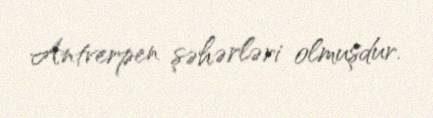
Antverpen şəhərləri olmuşdur.